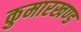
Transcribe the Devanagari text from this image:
कुमारखण्ड